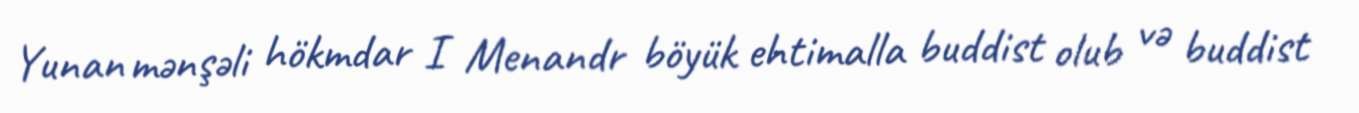
Yunan mənşəli hökmdar I Menandr böyük ehtimalla buddist olub və buddist